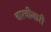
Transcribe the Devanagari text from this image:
चारचीनारी